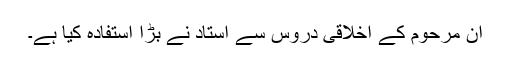
ان مرحوم کے اخلاقی دروس سے استاد نے بڑا استفادہ کیا ہے۔